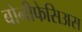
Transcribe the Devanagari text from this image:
बोनीफेसिअस